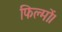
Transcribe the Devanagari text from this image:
फिल्मों।